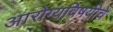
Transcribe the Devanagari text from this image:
आरोग्यविषयीचे